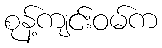
စုန့်ကျင်းဝမ်က